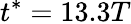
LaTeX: t^{*}=13.3T